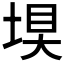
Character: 𮰤